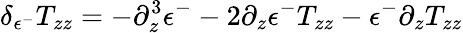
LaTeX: \delta_{\epsilon^{-}}T_{zz}=-\partial_{z}^{3}\epsilon^{-}-2\partial_{z}\epsilon^{-}T_{zz}-\epsilon^{-}\partial_{z}T_{zz}